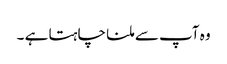
وہ آپ سے ملنا چاہتا ہے ۔